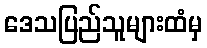
ဒေသပြည်သူများထံမှ